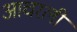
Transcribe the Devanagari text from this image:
आचरली